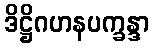
ဒိဋ္ဌိဂဟနပက္ခန္ဒာ